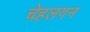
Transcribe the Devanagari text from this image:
चेहलगन